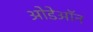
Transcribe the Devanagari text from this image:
ओडेऑन